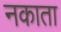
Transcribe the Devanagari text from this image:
नकाता